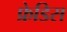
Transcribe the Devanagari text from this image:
फ्रेडिस